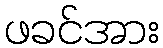
ဖခင်အား